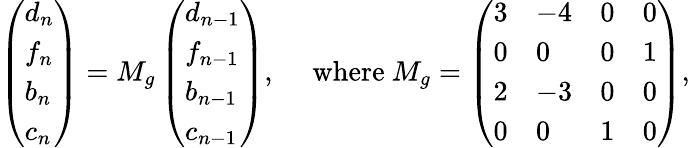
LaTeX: \left(\begin{array}{l}{d_{n}}\\ {f_{n}}\\ {b_{n}}\\ {c_{n}}\end{array}\right)=M_{g}\left(\begin{array}{l}{d_{n-1}}\\ {f_{n-1}}\\ {b_{n-1}}\\ {c_{n-1}}\end{array}\right),\quad\mathrm{~where~}M_{g}=\left(\begin{array}{llll}{3}&{-4}&{0}&{0}\\ {0}&{0}&{0}&{1}\\ {2}&{-3}&{0}&{0}\\ {0}&{0}&{1}&{0}\end{array}\right),